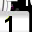
Digit: 1